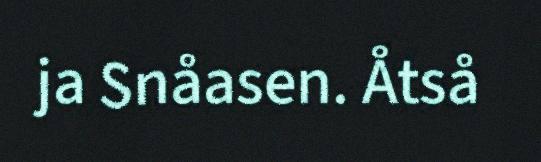
ja Snåasen. Åtså